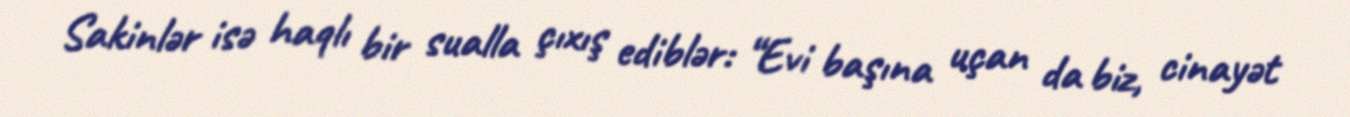
Sakinlər isə haqlı bir sualla çıxış ediblər: “Evi başına uçan da biz, cinayət